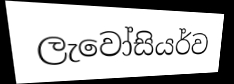
ලැවෝසියර්ව